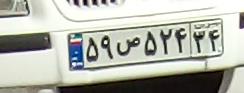
۵۹ص۵۲۴۳۴